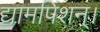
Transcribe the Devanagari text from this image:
द्यामपिंशन्।